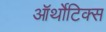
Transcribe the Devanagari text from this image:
ऑर्थोटिक्स